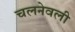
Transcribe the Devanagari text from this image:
चलनेवली